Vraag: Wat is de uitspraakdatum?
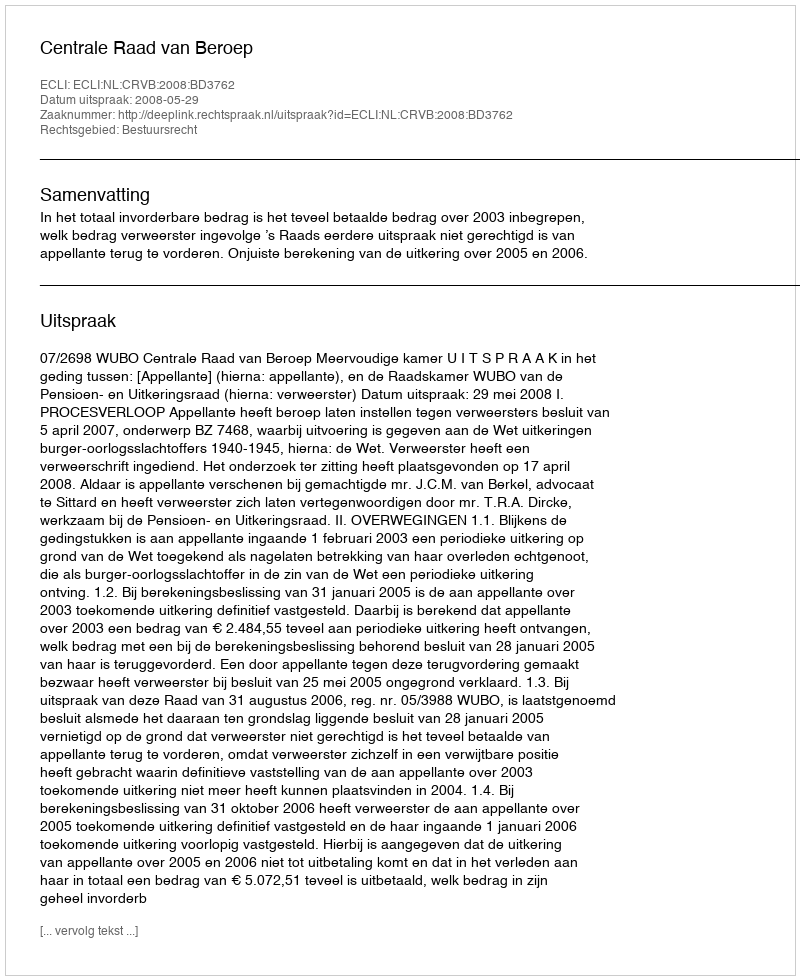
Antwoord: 2008-05-29